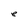
Character: e